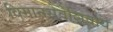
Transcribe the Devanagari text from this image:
विमानसेवेशिवाय